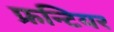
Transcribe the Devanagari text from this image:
फ्रन्टियर